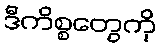
ဒီကိစ္စတွေကို